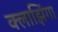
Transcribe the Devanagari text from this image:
क्लाझिंगा